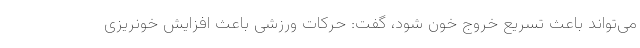
می‌تواند باعث تسریع خروج خون شود، گفت: حرکات ورزشی باعث افزایش خونریزی